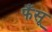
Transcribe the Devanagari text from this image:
फँसू